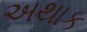
અથાક